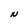
Character: N